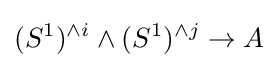
(S^{1})^{\wedge i}\wedge (S^{1})^{\wedge j}\to A